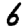
Digit: 6